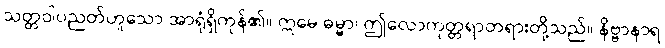
သတ္တဝါပညတ်ဟူသော အာရုံရှိကုန်၏။ ဣမေ ဓမ္မာ၊ ဤလောကုတ္တရာတရားတို့သည်။ နိဗ္ဗာနာရ